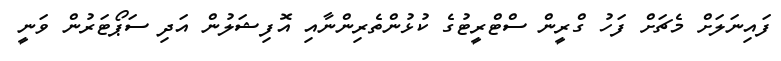
ފައިނަލަށް މެޗަށް ފަހު ގްރީން ސްޓްރީޓުގެ ކުޅުންތެރިންނާއި އޮފިޝަލުން އަދި ސަޕޯޓަރުން ވަނީ